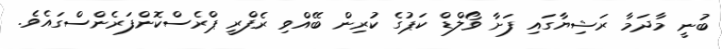
ބުނީ މާދަމާ ރަޝިޔާގައި ފަށާ ވޯލްޑް ކަޕުގެ ކުރިން ބޭއްވި ރެފްރީ ޕްރެސްކޮންފަރެންސްގައެވެ.